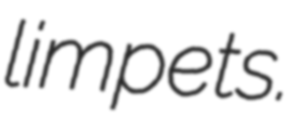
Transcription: limpets.